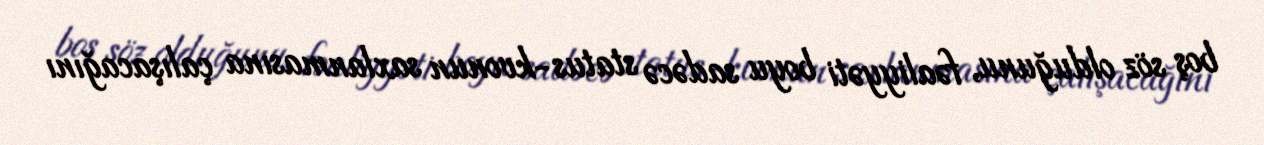
boş söz olduğunu, fəaliyyəti boyu sadəcə status-kvonun saxlanmasına çalışacağını